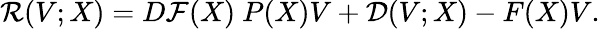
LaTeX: \mathcal{R}(V;X)=D\mathcal{F}(X)~P(X)V+\mathcal{D}(V;X)-F(X)V.